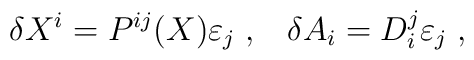
\delta X^{i}=P^{ij}(X)\varepsilon_{j}\;,\;\;\;\delta A_{ i}=D_{i}^{j}\varepsilon_{j}\;,